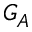
G _ { A }